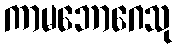
ကာမဘောဂေသု